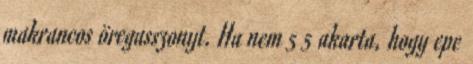
makrancos öregasszonyt. Ha nem 5 5 akarta, hogy epe